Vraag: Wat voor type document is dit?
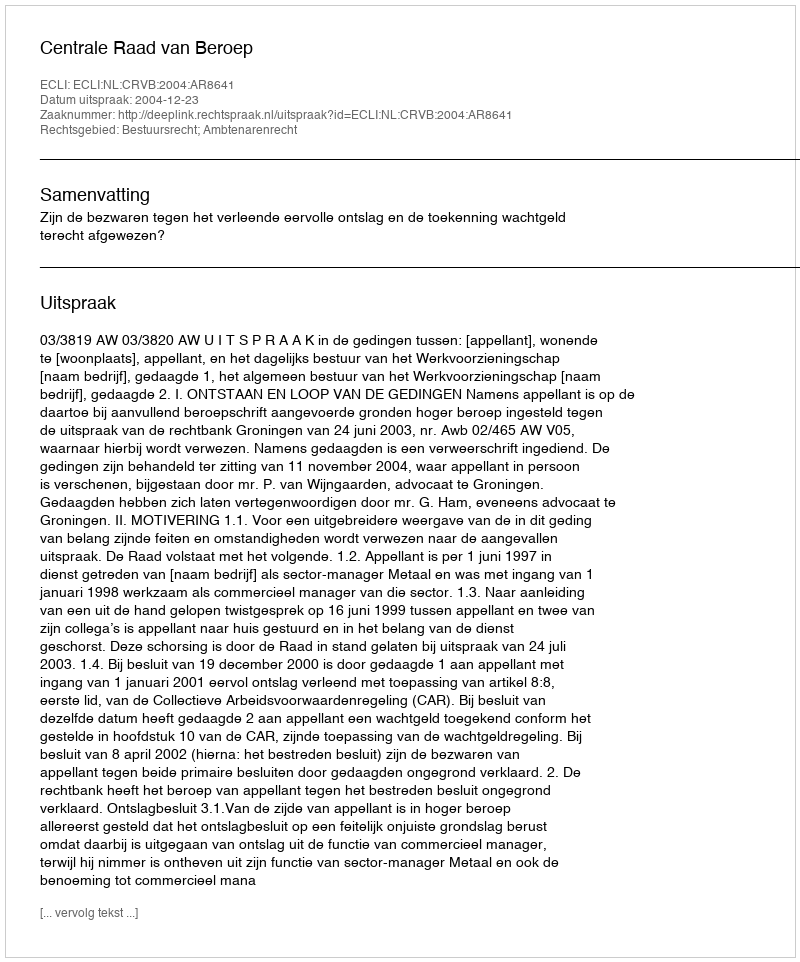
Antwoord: Uitspraak